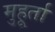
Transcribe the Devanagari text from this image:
मुहूर्ता